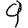
Digit: 9